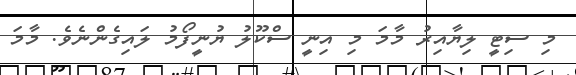
މި ސިޓީ ލިޔާއިރު މާމަ މި އިނީ ސްކޫލު ޔުނީފޯމު ލައިގެންނެވެ. މާމަ